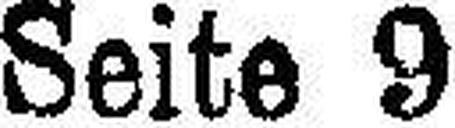
Seite 9